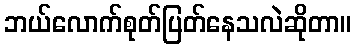
ဘယ်လောက်စုတ်ပြတ်နေသလဲဆိုတာ။